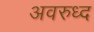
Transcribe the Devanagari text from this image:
अवरुध्द